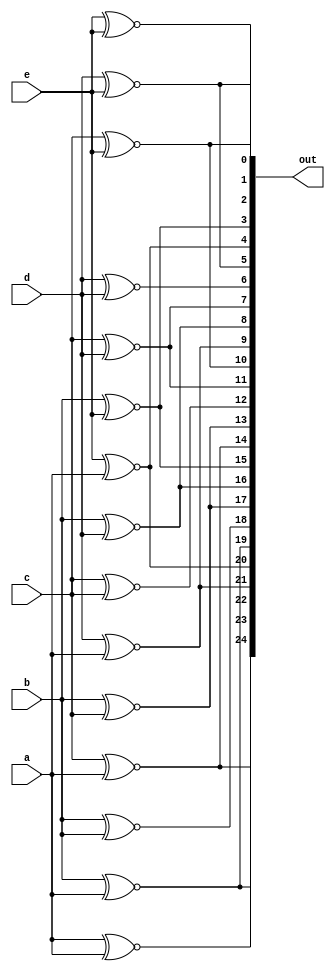
module top_module (
    input a, b, c, d, e,
    output [24:0] out );//

    // The output is XNOR of two vectors created by 
    // concatenating and replicating the five inputs.
    // assign out = ~{ ... } ^ { ... };

    assign out = {{a ~^ a}, {a ~^ b}, {a ~^ c}, {a ~^ d}, {a ~^ e},
                  {b ~^ a}, {b ~^ b}, {b ~^ c}, {b ~^ d}, {b ~^ e},
                  {c ~^ a}, {c ~^ b}, {c ~^ c}, {c ~^ d}, {c ~^ e},
                  {d ~^ a}, {d ~^ b}, {d ~^ c}, {d ~^ d}, {d ~^ e},
                  {e ~^ a}, {e ~^ b}, {e ~^ c}, {e ~^ d}, {e ~^ e}};

    /*
        Second Way:
            wire [24:0] in1;
            wire [24:0] in2;

            assign in1 = {{5{a}}, {5{b}}, {5{c}}, {5{d}}, {5{e}}};
            assign in2 = {5{a , b, c, d, e}};
            assign out = in1 ~^ in2;

        Third Way:
            assign out = {{{5{a}}, {5{b}}, {5{c}}, {5{d}}, {5{e}}} ~^ {5{a, b, c, d, e}}};
    */

endmodule